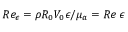
R e _ { \epsilon } = { \rho } R _ { 0 } V _ { 0 } { \epsilon } / { \mu } _ { a } = R e { \: } { \epsilon }